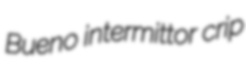
Bueno intermittor crip